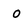
Character: o